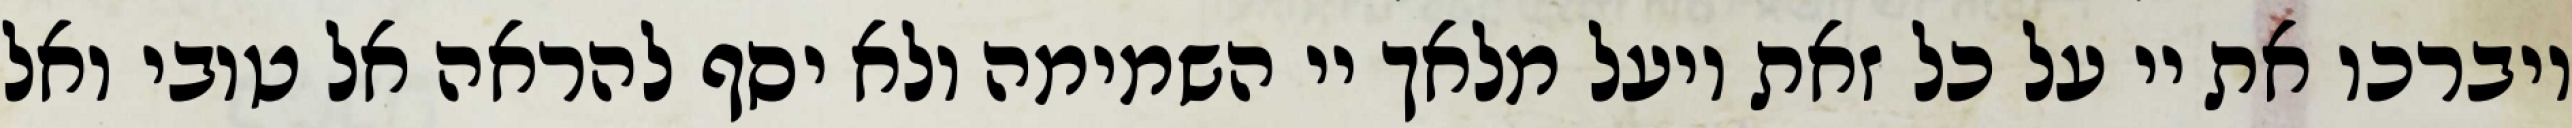
ויברכו את יי על כל זאת ויעל מלאך יי השמימה ולא יסף להראה אל טובי ואל